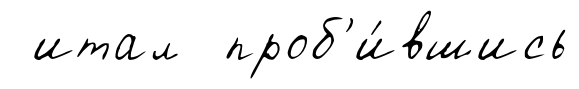
итал проб'и́вшись